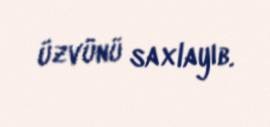
üzvünü saxlayıb.